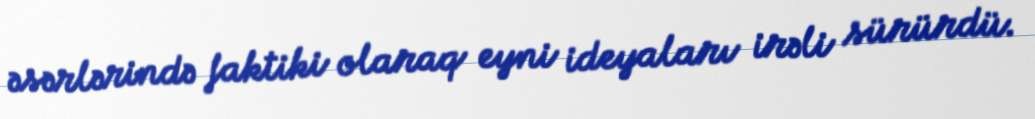
əsərlərində faktiki olaraq eyni ideyaları irəli sürürdü.